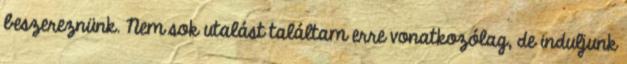
beszereznünk. Nem sok utalást találtam erre vonatkozólag, de induljunk